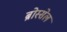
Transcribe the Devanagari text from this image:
ब्रोस्सेल